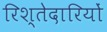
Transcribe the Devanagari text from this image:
रिश्तेदारियों